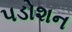
પડોશન